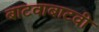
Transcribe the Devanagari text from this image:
बाटवाबाटवी